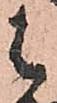
は